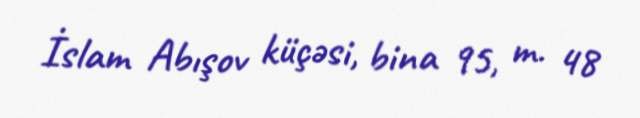
İslam Abışov küçəsi, bina 95, m. 48